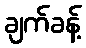
ချက်ခန့်